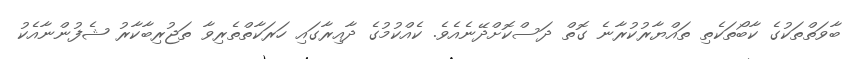
ބާވަތްތަކުގެ ކާބޯތަކެތި ތައްޔާރުކުރާނެ ގޮތް ދަސްކޮށްދޭނެއެވެ. ކެއްކުމުގެ ދާއިރާގައި ހަރަކާތްތެރިވާ ތަޖުރިބާކާރު ޝެފުންނާއެކު